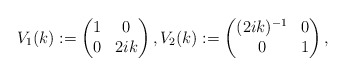
\begin{align*}V_1(k):=\begin{pmatrix}1 & 0 \\0 & 2ik\end{pmatrix},V_2(k):=\begin{pmatrix}(2ik)^{-1} & 0 \\0 & 1\end{pmatrix},\end{align*}